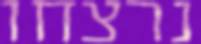
נרצחו